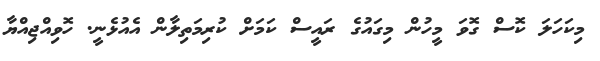
މިކަހަލަ ކޮސް ގޮވަ މީހުން މިގައުގެ ރައީސް ކަމަށް ކުރިމަތިލާން އެއުޅެނީ. ހޮވިއްޖިއްޔާ